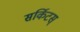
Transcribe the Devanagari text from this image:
सर्किटस्